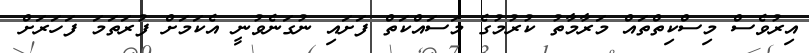
އިރުވެސް މިސްކިތްތައް މަރާމާތު ކުރުމުގެ މަސައްކަތް ފަށައި ނުގަނެވުނީ އެކަމަށް ފުރަތަމަ ފަހަރަށް